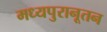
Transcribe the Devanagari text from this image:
मध्यपुरानूतन